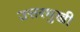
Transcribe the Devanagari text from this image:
उत्तरमुखी